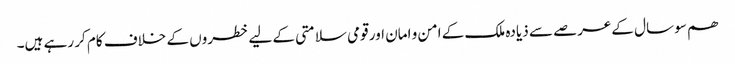
ھم سو سال کےعرصے سے ذیادہ ملک کے امن و امان اور قومی سلامتی کے لیے خطروں کے خلاف کام کر رہے ہیں۔